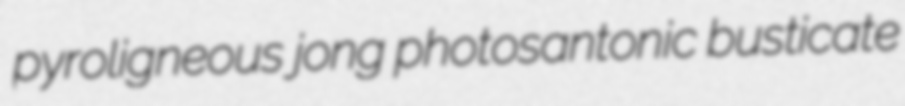
pyroligneous jong photosantonic busticate